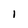
Character: l